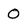
Character: O